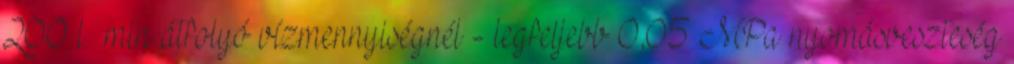
200 l min átfolyó vízmennyiségnél - legfeljebb 0,05 MPa nyomásveszteség